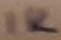
Text: 1K